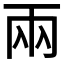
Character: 兩